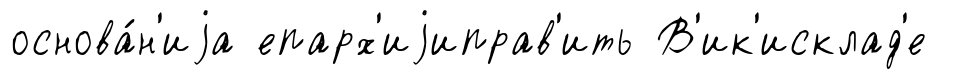
основа́н'иjа епарх'иjиправ'ить В'ик'исклад'е